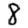
Digit: 8